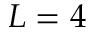
{ L = 4 }